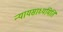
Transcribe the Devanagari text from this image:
न्यायसाध्यमिति